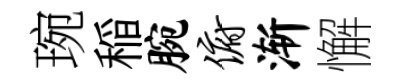
琬稲腕俯渐懈